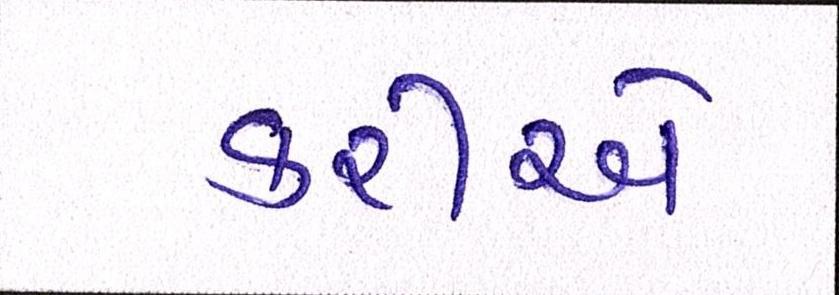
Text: કરીએ